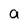
Character: a